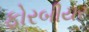
ફોરબીયર